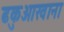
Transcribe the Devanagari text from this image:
ढकुआखाना